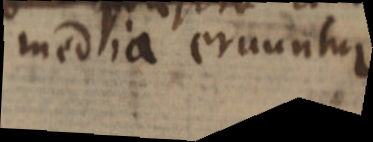
media eruuntur